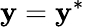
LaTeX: \mathbf{y}=\mathbf{y}^{*}